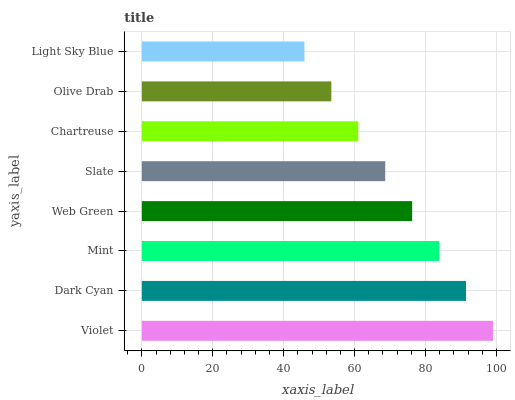
| yaxis_label | bars |
 | --- | --- |
 | Violet | 99 |
 | Dark Cyan | 91.4 |
 | Mint | 83.8 |
 | Web Green | 76.2 |
 | Slate | 68.6 |
 | Chartreuse | 61 |
 | Olive Drab | 53.4 |
 | Light Sky Blue | 45.8 |